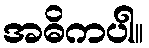
အဓိကပါ။